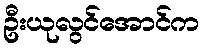
ဦးယုလွင်အောင်က